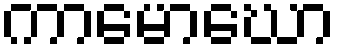
ကာမောဃော